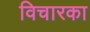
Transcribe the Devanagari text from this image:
विचारका